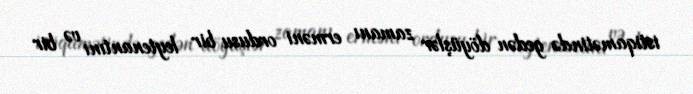
istiqamətində gedən döyüşlər zamanı erməni ordusu bir leytenantını və bir